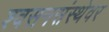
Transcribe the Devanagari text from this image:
श्वसनसंस्थेवर